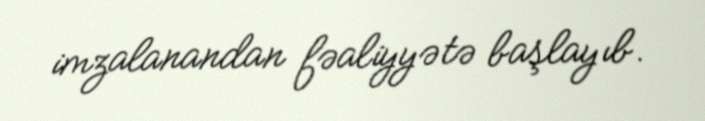
imzalanandan fəaliyyətə başlayıb.